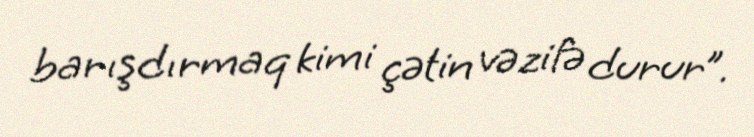
barışdırmaq kimi çətin vəzifə durur”.